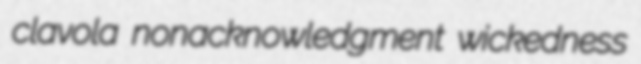
clavola nonacknowledgment wickedness